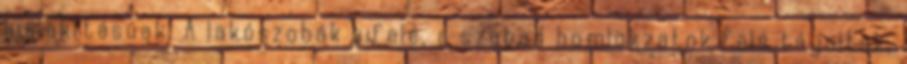
kialakításúak. A lakószobák kifelé, a szabad homlokzatok felé tájoltak,